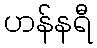
ဟန်နရီ